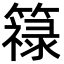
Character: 簶